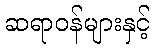
ဆရာဝန်များနှင့်